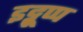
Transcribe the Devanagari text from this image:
इट्टूप्प